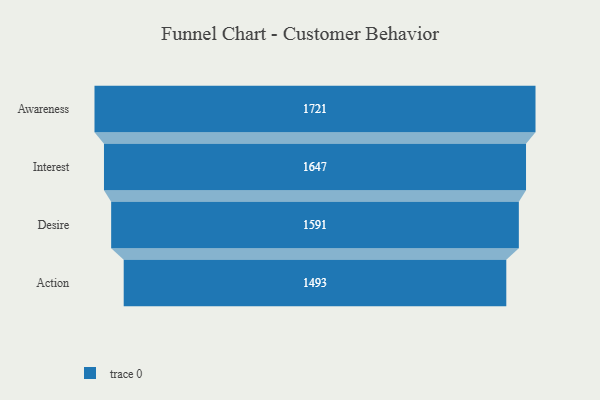
{"axis": {"x": "Stage", "y": "Value"}, "legend": [""], "data": [{"x": "Awareness", "y": 1721.0, "type": ""}, {"x": "Interest", "y": 1647.0, "type": ""}, {"x": "Desire", "y": 1591.0, "type": ""}, {"x": "Action", "y": 1493.0, "type": ""}]}